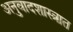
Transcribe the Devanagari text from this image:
अनुवादशास्त्रात